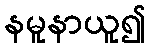
နမူနာယူ၍